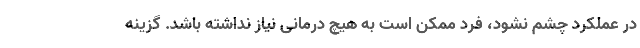
در عملکرد چشم نشود، فرد ممکن است به هیچ درمانی نیاز نداشته باشد. گزینه